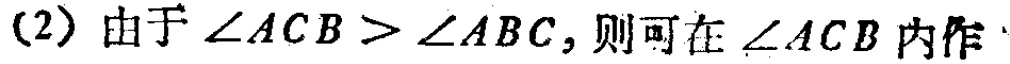
(2) 由于\(\angle ACB > \angle ABC\)，则可在\(\angle ACB\)内作